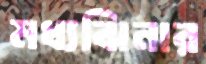
মধ্যঝিনার